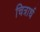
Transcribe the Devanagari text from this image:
चित्रार्ध